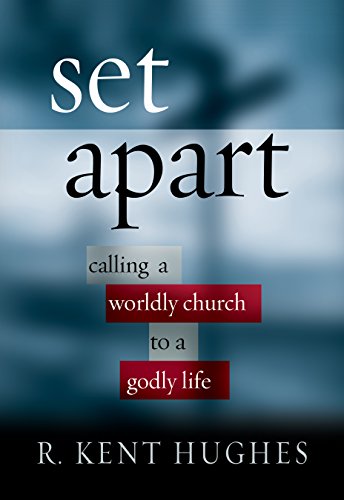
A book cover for Set Apart: Calling a Worldly Church to a Godly Life; R. Kent Hughes; Christian Books & Bibles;